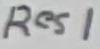
Text: Res1